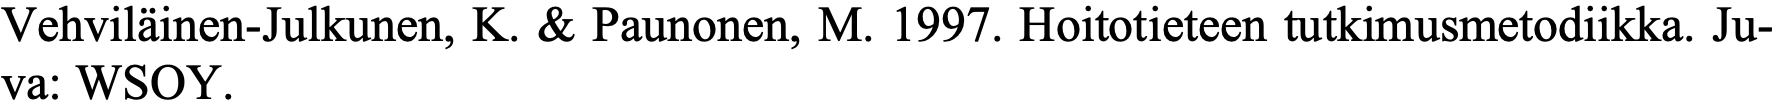
Vehviläinen-Julkunen, K. & Paunonen, M. 1997. Hoitotieteen tutkimusmetodiikka. Ju- va: WSOY.